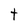
Character: t